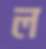
ল